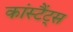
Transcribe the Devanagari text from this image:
कांस्टैंट्स